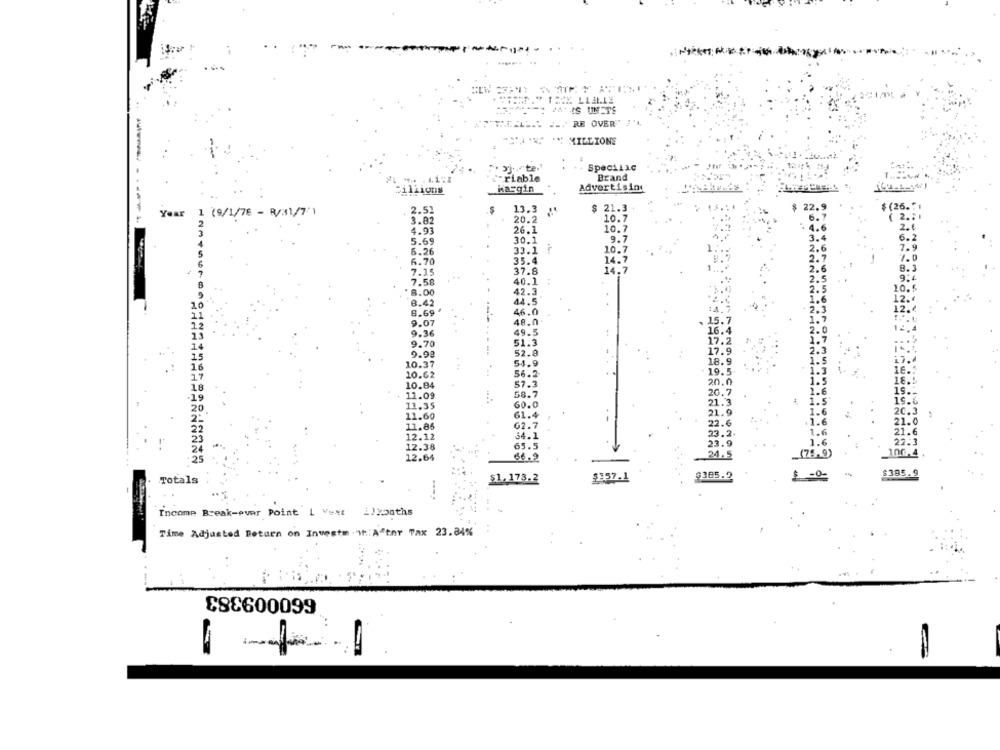
TRE LLALE
IN' IS UNETE
RE OVER'" #
MILLIONS
. Sj.""te.
SpeciLic
-riable
Brand
Margin
Advertising
billions
2.52
13.3
$ 21.3
$ (26 .:
Year 1 (9/1/76 - R/31/7'1
20.2
10.7
( 2.
3.82
4.93
26.1
10.7
5.69
30.1
9.7
6.26
33.1
10.7
6.70
35.4
14.7
7.15
37.8
14.7
7.58
40.1
8.00
42.3
44.5
8.42
8.69
46.0
9.07
48.0
15.
49.5
9.36
16.4
9.70
51.3
9.98
52.8
10.37
54.9
18.9
1.5
10.62
56.2
19.5
57.3
20.0
10.84
11.09
58.7
11.35
60.0
21.9
1.6
20.2
11.60
61.4
.1.6
11.86
62.7
22.6
12.12
34.1
23.
1.6
21.6
23.9
1.6
12.38
65.5
12.64
86.9
24.5
(75,9)
_100.4
$385.9
Totals
$1,173.2
$357.1
$385.2
Income Break-ever Point | Vest illonths
Time Adjusted Return on Investm . 1:After Tax 23.84%
£8€600099